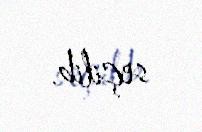
seçilib.